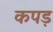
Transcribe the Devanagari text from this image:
कपड़